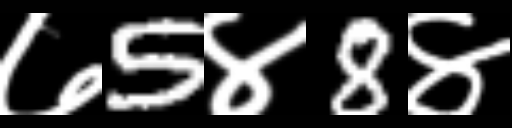
Text: ७5४8४